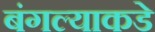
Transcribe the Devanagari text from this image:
बंगल्याकडे